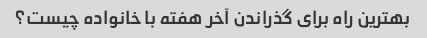
بهترین راه برای گذراندن آخر هفته با خانواده چیست؟